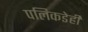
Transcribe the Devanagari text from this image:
पलिकडेही